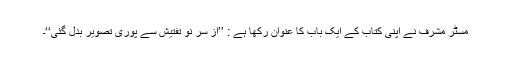
مسٹر مشرف نے اپنی کتاب کے ایک باب کا عنوان رکھا ہے : ’’از سر نو تفتیش سے پوری تصویر بدل گئی‘‘۔